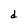
Character: d